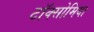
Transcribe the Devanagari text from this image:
टॉक्सोमिया